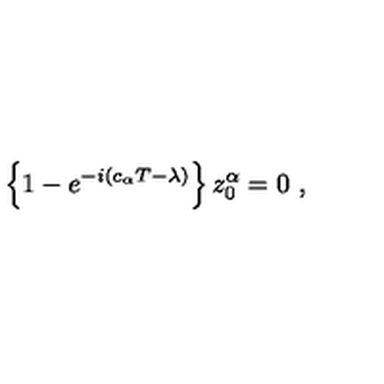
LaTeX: \left\{ 1 - e ^ { - i \left( c _ { \alpha } T - \lambda \right) } \right\} z _ { 0 } ^ { \alpha } = 0 \ ,